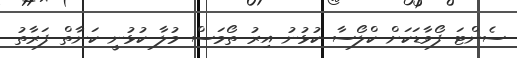
ސެންޓަ ފޯވާޑަކަށް ކްލޯސާ ކުޅުނު އިރު ތޯމަސް މުލާ ކުޅުނީ ކަނާތް ފަރާތު